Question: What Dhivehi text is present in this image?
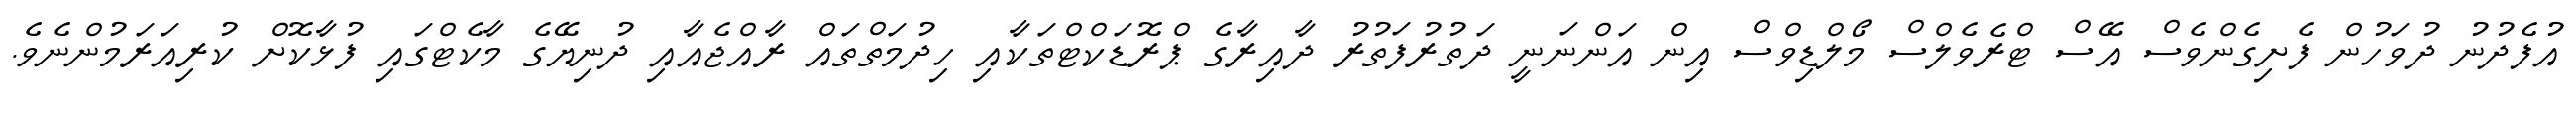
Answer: އުފެދުނު ދުވަހުން ފެށިގެންވެސް އޭސް ޓްރެވެލްސް މޯލްޑިވްސް އިން އަންނަނީ ދަތުރުފަތުރު ދާއިރާގެ ޕްރޮޑަކްޓްތަކާއި ހިދުމަތްތައް ރާއްޖެއާއި ދުނިޔޭގެ މާކެޓްގައި ފުޅާކޮށް ކުރިއަރަމުންނެވެ.